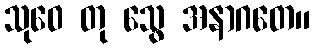
သုဝေ တု သွေ အနာဂတေ။